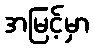
အမြင့်မှာ